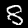
Digit: 8